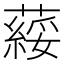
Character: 䕑